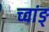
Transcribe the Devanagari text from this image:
च्वांङ्